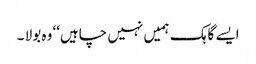
ایسے گاہک ہمیں نہیں چاہیں‘‘ وہ بولا ۔